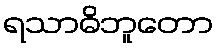
ရသာဓိဘူတော